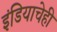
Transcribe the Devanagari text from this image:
इंडियाचेही